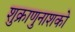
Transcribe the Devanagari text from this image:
शुक्राणुनाशको